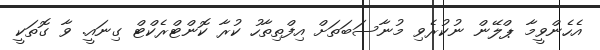
އެހެންވީމާ ޕްލޭން ނުކުރެވި މުނާސަބަތަށް އިފްތިތާހު ކުރާ ކޮންޓްރެކްޓް ގިނައީ. ވާ ގޮތަކީ